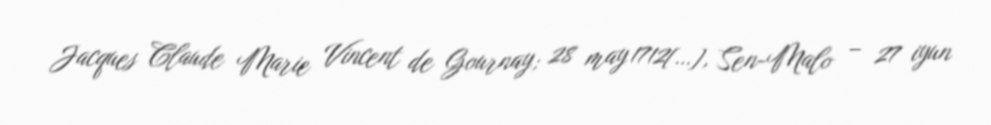
Jacques Claude Marie Vincent de Gournay; 28 may 1712[…], Sen-Malo – 27 iyun